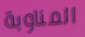
المناوبة